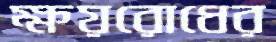
ক্ষয়রোধের